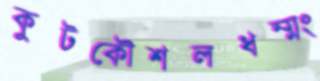
কুটকৌশলধম্মং